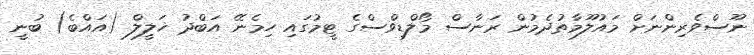
ނޫސްވެރިންނަށް މައުލޫމާތުދެމުން ރަނާސް މޯލްޑިވްސްގެ ޓީމުގައި ހިމެނޭ އަބްދު ޚަލީލް (އައްބެ) ބުނީ